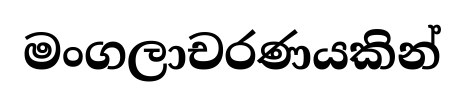
මංගලාචරණයකින්